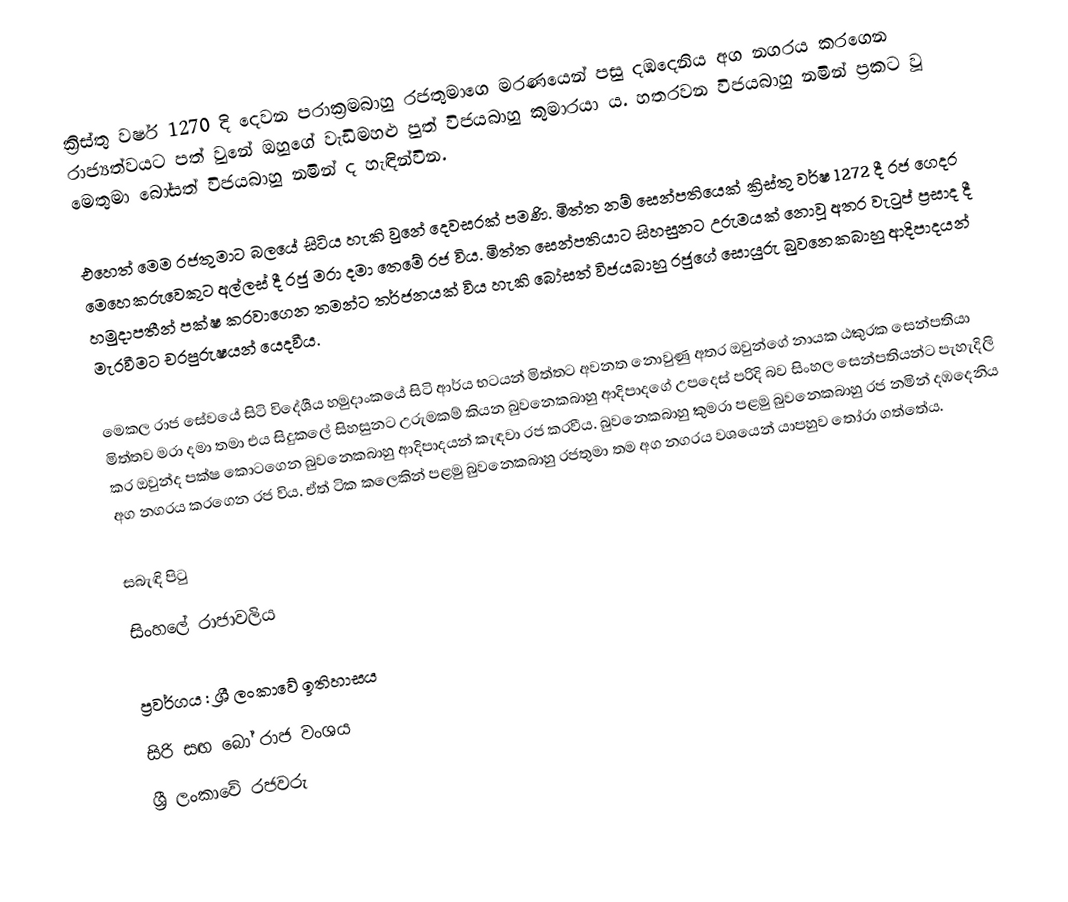
ක්‍රිස්තු වර්ෂ 1270 දි දෙවන පරාක්‍රමබාහු රජතුමාගෙ මරණයෙන් පසු දඹදෙනිය අග නගරය කරගෙන රාජ්‍යත්වයට පත් වුනේ ඔහුගේ වැඩිමහළු පුත් විජයබාහු කුමාරයා ය. හතරවන විජයබාහු නමින් ප්‍රකට වූ මෙතුමා බෝසත් විජයබාහු නමින් ද හැඳින්වින.

එහෙත් මෙම රජතුමාට බලයේ සිටිය හැකි වුනේ දෙවසරක් පමණි. මිත්ත නම් සෙන්පතියෙක් ක්‍රිස්තු වර්ෂ 1272 දී රජ ගෙදර මෙහෙකරුවෙකුට අල්ලස් දී රජු මරා දමා තෙමේ රජ විය.  මිත්ත සෙන්පතියාට සිහසුනට උරුමයක් නොවූ අතර වැටුප් ප්‍රසාද දී හමුදාපතීන් පක්ෂ කරවාගෙන තමන්ට තර්ජනයක් විය හැකි බෝසත් විජයබාහු රජුගේ සොයුරු බුවනෙකබාහු ආදිපාදයන් මැරවීමට චරපුරුෂයන් යෙදවීය.

මෙකල රාජ සේවයේ සිටි විදේශීය හමුදාංකයේ සිටි ආර්ය භටයන් මිත්තට අවනත නොවුණු අතර ඔවුන්ගේ නායක ඨකුරක සෙන්පතියා මිත්තව මරා දමා තමා එය සිදුකලේ සිහසුනට උරුමකම් කියන බුවනෙකබාහු ආදිපාදගේ උපදෙස් පරිදි බව සිංහල සෙන්පතියන්ට පැහැදිලි කර ඔවුන්ද පක්ෂ කොටගෙන බුවනෙකබාහු ආදිපාදයන් කැඳවා රජ කරවීය. බුවනෙකබාහු කුමරා පළමු බුවනෙකබාහු රජ නමින් දඹදෙනිය අග නගරය කරගෙන රජ විය. ඒත් ටික කලෙකින් පළමු බුවනෙකබාහු රජතුමා තම අග නගරය වශයෙන් යාපහුව තෝරා ගත්තේය.

සබැඳි පිටු
 සිංහලේ රාජාවලිය

ප්‍රවර්ගය : ශ්‍රී ලංකාවේ ඉතිහාසය
සිරි සඟ බෝ රාජ වංශය
ශ්‍රී ලංකාවේ රජවරු